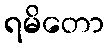
ရမိတော